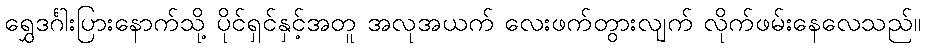
ရွှေဒင်္ဂါးပြားနောက်သို့ ပိုင်ရှင်နှင့်အတူ အလုအယက် လေးဖက်တွားလျက် လိုက်ဖမ်းနေလေသည်။